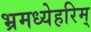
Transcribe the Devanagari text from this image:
भ्रमध्येहरिम्